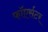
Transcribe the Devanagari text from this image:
फाॅएर्सटर